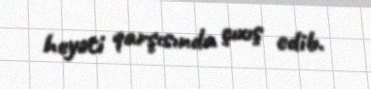
heyəti qarşısında çıxış edib.